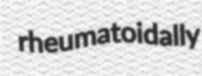
rheumatoidally